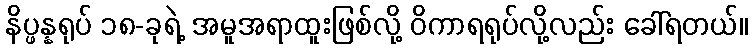
နိပ္ဖန္နရုပ် ၁၈-ခုရဲ့ အမူအရာထူးဖြစ်လို့ ဝိကာရရုပ်လို့လည်း ခေါ်ရတယ်။